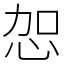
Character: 㤎